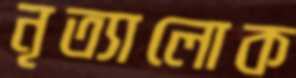
নৃত্যালোক